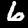
Label: 6